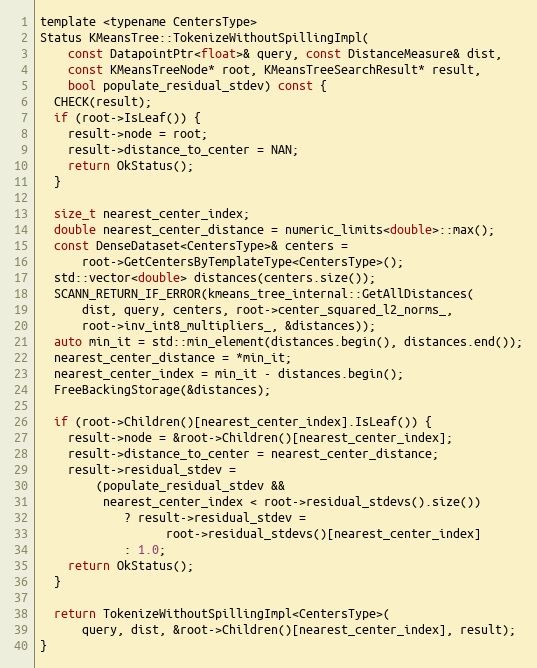
Language: C
template <typename CentersType>
Status KMeansTree::TokenizeWithoutSpillingImpl(
    const DatapointPtr<float>& query, const DistanceMeasure& dist,
    const KMeansTreeNode* root, KMeansTreeSearchResult* result,
    bool populate_residual_stdev) const {
  CHECK(result);
  if (root->IsLeaf()) {
    result->node = root;
    result->distance_to_center = NAN;
    return OkStatus();
  }

  size_t nearest_center_index;
  double nearest_center_distance = numeric_limits<double>::max();
  const DenseDataset<CentersType>& centers =
      root->GetCentersByTemplateType<CentersType>();
  std::vector<double> distances(centers.size());
  SCANN_RETURN_IF_ERROR(kmeans_tree_internal::GetAllDistances(
      dist, query, centers, root->center_squared_l2_norms_,
      root->inv_int8_multipliers_, &distances));
  auto min_it = std::min_element(distances.begin(), distances.end());
  nearest_center_distance = *min_it;
  nearest_center_index = min_it - distances.begin();
  FreeBackingStorage(&distances);

  if (root->Children()[nearest_center_index].IsLeaf()) {
    result->node = &root->Children()[nearest_center_index];
    result->distance_to_center = nearest_center_distance;
    result->residual_stdev =
        (populate_residual_stdev &&
         nearest_center_index < root->residual_stdevs().size())
            ? result->residual_stdev =
                  root->residual_stdevs()[nearest_center_index]
            : 1.0;
    return OkStatus();
  }

  return TokenizeWithoutSpillingImpl<CentersType>(
      query, dist, &root->Children()[nearest_center_index], result);
}